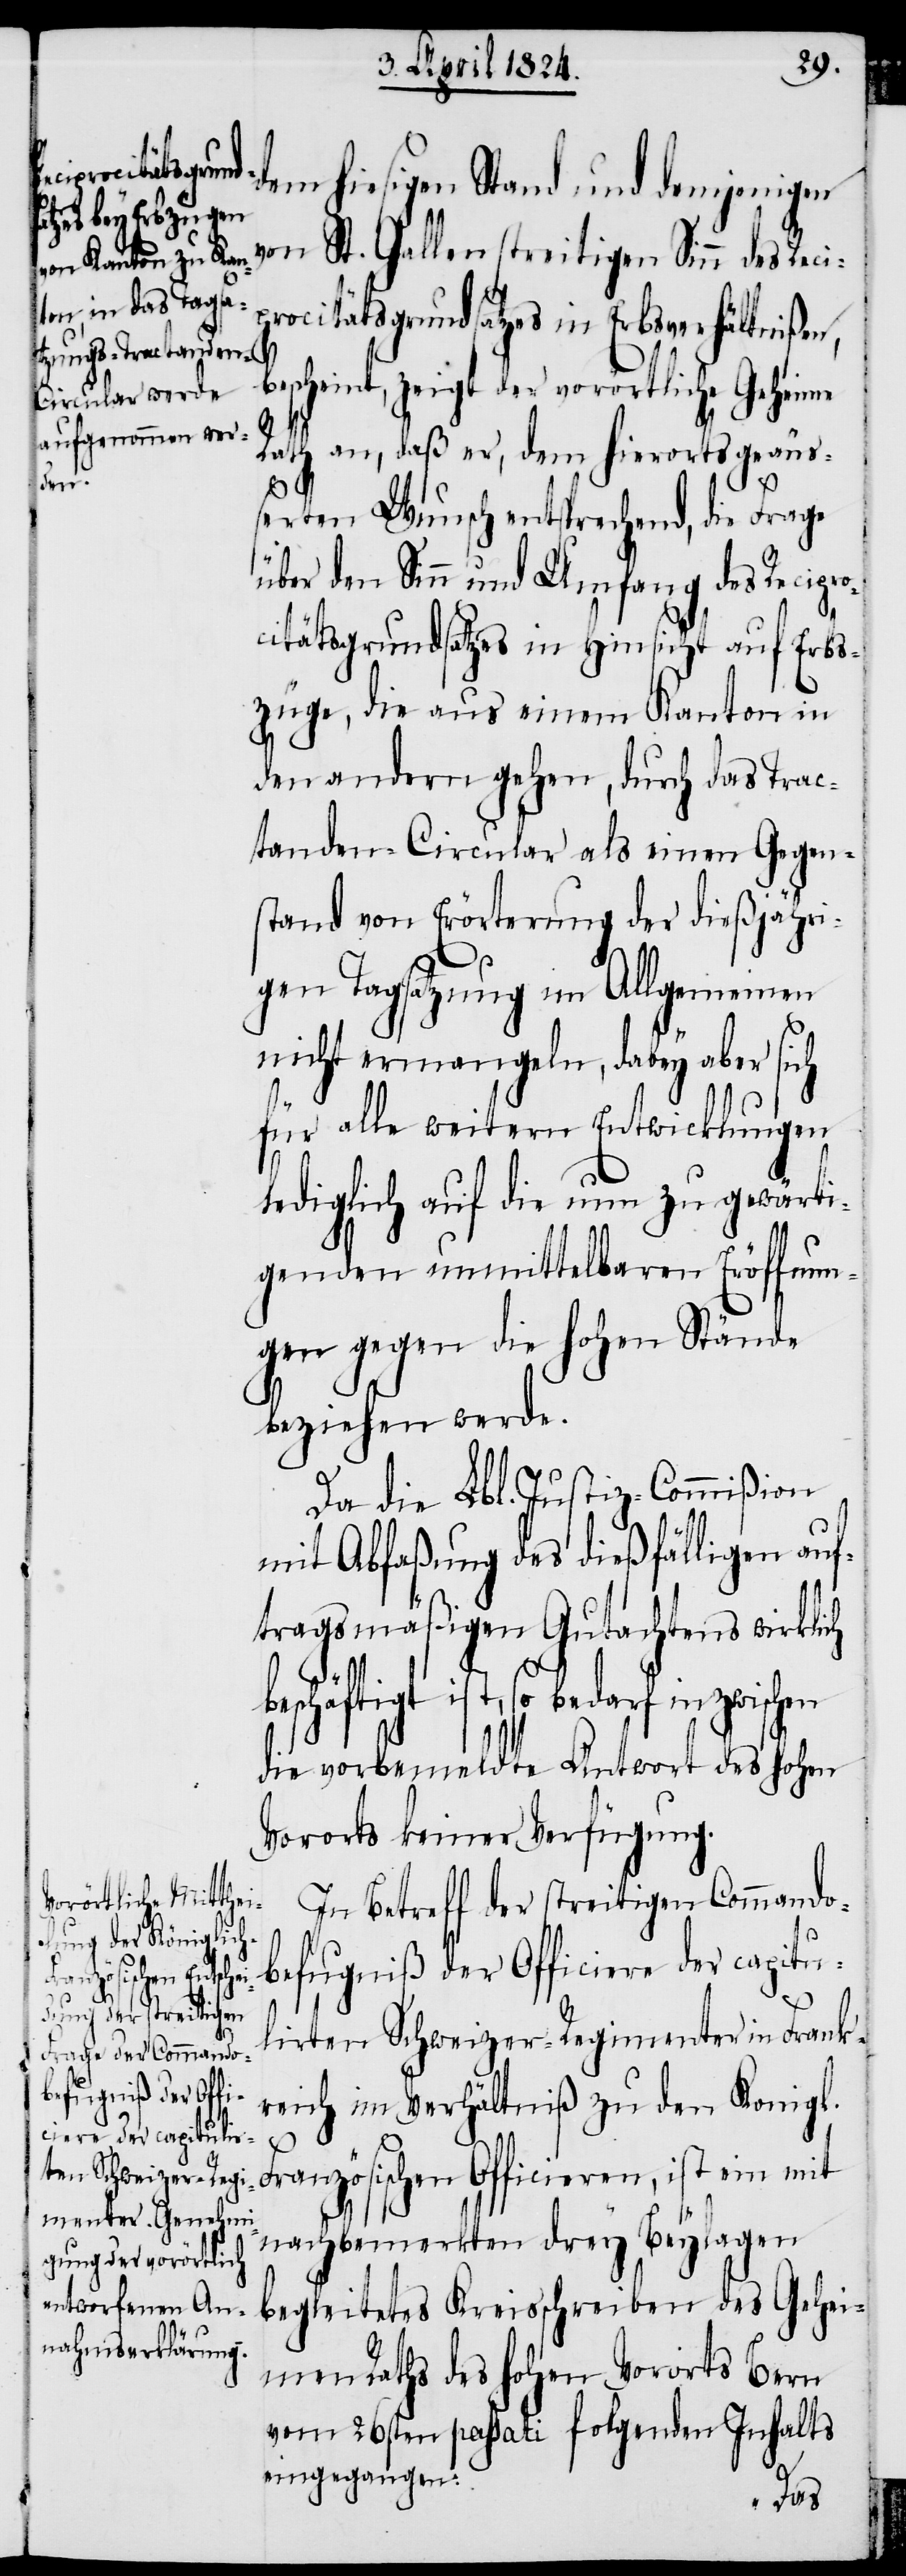
beschäftigt

dem hiesigen Stand und demjenigen
von St. Gallen streitigen Sinn des Reci¬
procitätsgrundsatzes in Erbsverhältnißen,
bescheint, zeigt der vorörtliche Geheime
Rath an, daß er, dem hierorts geäuß¬
erten Wunsch entsprechend, die Frage
über den Sinn und Umfang des Recipr¬
ocitätsgrundsatzes in Hinsicht auf Erbs¬
züge, die aus einem Kanton in
den andern gehen, durch das Trac¬
tanden-Circular als einen Gegen¬
stand von Erörterung der dießjähri¬
gen Tagsatzung im Allgemeinen
nicht ermangeln, dabey aber sich
für alle weitern Entwicklungen
lediglich auf die nun zu gewärti¬
genden unmittelbaren Eröffnun¬
gen gegen die hohen Stände
beziehen werde.
Da die Lbl. Justiz-Commißion
mit Abfaßung des dießfälligen auf¬
tragsmäßigen Gutachtens wirklich
ist, so bedarf inzwischen
die vorbemeldte Antwort des hohen
Vororts keiner Verfügung.
In Betreff der streitigen Commando¬
befugniß der Officiere der capitu¬
lirten Schweizer-Regimenter in Frank¬
reich im Verhältniß zu den Konigl.
Französischen Officieren, ist ein
nachbemerkten drey Beylagen
begleitetes Kreisschreiben des Gehei¬
men Raths des hohen Vororts Bern
vom 26sten passati folgenden Inhalts
eingegangen: